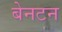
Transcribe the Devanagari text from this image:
बेनटन